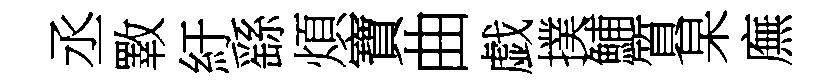
丞斁紆繇煩寶曲戯撲鯆質杲廡